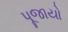
પૂજાયો